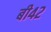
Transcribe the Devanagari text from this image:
बी४२